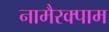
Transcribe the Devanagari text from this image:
नामैरक्पाम